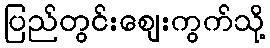
ပြည်တွင်းဈေးကွက်သို့